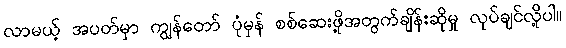
လာမယ့် အပတ်မှာ ကျွန်တော် ပုံမှန် စစ်ဆေးဖို့အတွက်ချိန်းဆိုမှု လုပ်ချင်လို့ပါ။